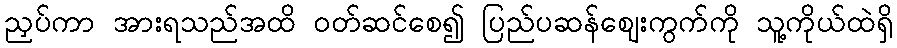
ညှပ်ကာ အားရသည်အထိ ဝတ်ဆင်စေ၍ ပြည်ပဆန်ဈေးကွက်ကို သူ့ကိုယ်ထဲရှိ